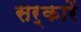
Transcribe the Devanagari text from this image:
सर्कारें